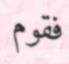
فقوم